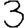
Digit: 3